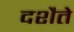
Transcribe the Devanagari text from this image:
दशैते